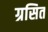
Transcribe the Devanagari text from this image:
ग्रसित